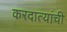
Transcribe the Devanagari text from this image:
करदात्यांची